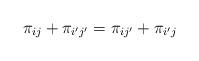
LaTeX: \begin{align*}\pi_{ij} + \pi_{i'j'} = \pi_{ij'} + \pi_{i'j}\end{align*}